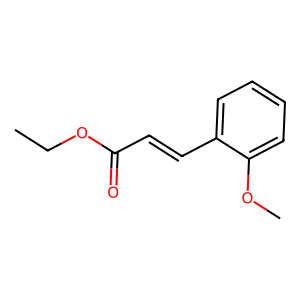
SMILES: CCOC(=O)C=Cc1ccccc1OC
Inhibits HIV replication: No